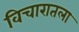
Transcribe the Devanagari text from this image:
विचारातला